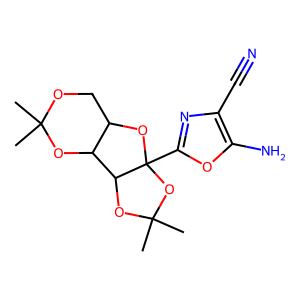
SMILES: CC1(C)OCC2OC3(c4nc(C#N)c(N)o4)OC(C)(C)OC3C2O1
Inhibits HIV replication: No